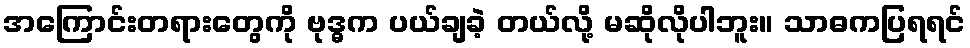
အကြောင်းတရားတွေကို ဗုဒ္ဓက ပယ်ချခဲ့ တယ်လို့ မဆိုလိုပါဘူး။ သာဓကပြရရင်